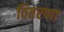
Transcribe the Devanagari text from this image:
वितरणा